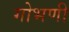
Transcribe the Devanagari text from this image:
गोभणी